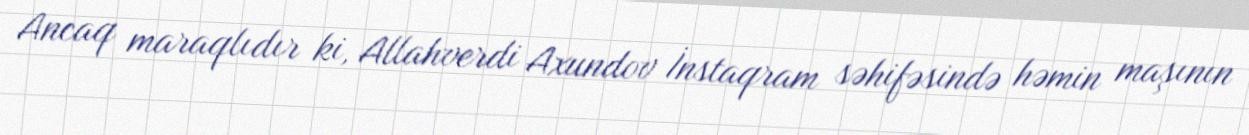
Ancaq maraqlıdır ki, Allahverdi Axundov İnstaqram səhifəsində həmin maşının